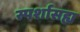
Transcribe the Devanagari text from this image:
स्पर्शासह्य